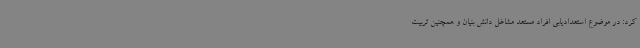
کرد: در موضوع استعدادیابی افراد مستعد مشاغل دانش بنیان و همچنین تربیت